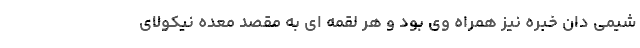
شیمی دان خبره نیز همراه وی بود و هر لقمه ای به مقصد معده نیکولای